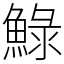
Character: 䱚